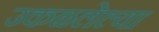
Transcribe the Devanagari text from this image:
उकळलेल्या